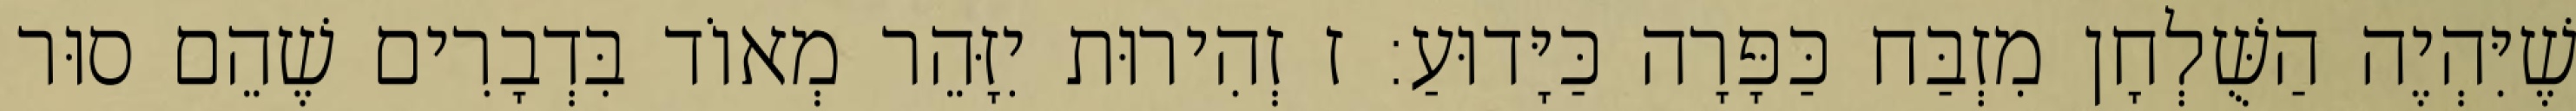
שֶׁיִּהְיֶה הַשֻּׁלְחָן מִזְבַּח כַּפָּרָה כַּיָּדוּעַ: ז זְהִירוּת יִזָּהֵר מְאוֹד בִּדְבָרִים שֶׁהֵם סוּר